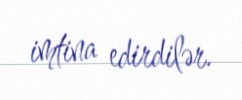
imtina edirdilər.